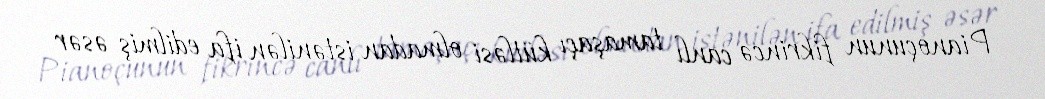
Pianoçunun fikrincə canlı tamaşaçı kütləsi olmadan istənilən ifa edilmiş əsər